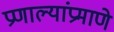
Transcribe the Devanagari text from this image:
प्रणाल्यांप्रमाणे